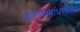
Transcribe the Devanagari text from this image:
पाषाणबांधणीच्या